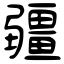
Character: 疆